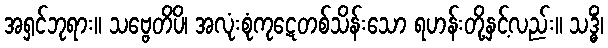
အရှင်ဘုရား။ သဗ္ဗေတိပိ၊ အလုံးစုံကုဋေတစ်သိန်းသော ရဟန်းတို့နှင့်လည်း။ သဒ္ဓိံ၊